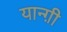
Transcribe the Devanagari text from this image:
यान्ग़ी